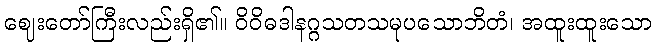
ဈေးတော်ကြီးလည်းရှိ၏။ ဝိဝိဓဒါနဂ္ဂသတသမုပသောဘိတံ၊ အထူးထူးသော